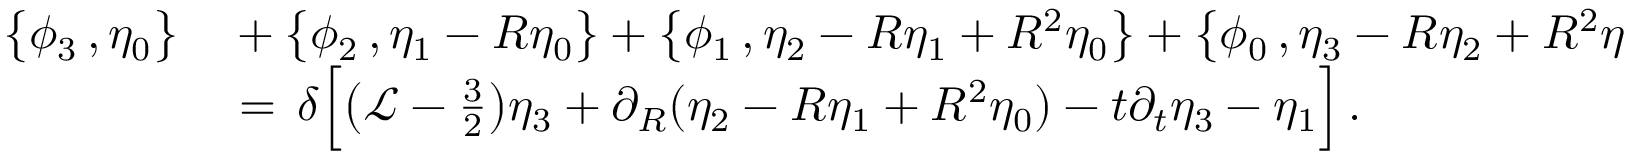
\begin{array} { r l } { \bigl \{ \phi _ { 3 } \, , \eta _ { 0 } \bigr \} } & { { } + \bigl \{ \phi _ { 2 } \, , \eta _ { 1 } - R \eta _ { 0 } \bigr \} + \bigl \{ \phi _ { 1 } \, , \eta _ { 2 } - R \eta _ { 1 } + R ^ { 2 } \eta _ { 0 } \bigr \} + \bigl \{ \phi _ { 0 } \, , \eta _ { 3 } - R \eta _ { 2 } + R ^ { 2 } \eta _ { 1 } - R ^ { 3 } \eta _ { 0 } \bigr \} } \\ { \, } & { { } = \, \delta \Bigl [ \bigl ( \mathcal { L } - { \textstyle \frac { 3 } { 2 } } \bigr ) \eta _ { 3 } + \partial _ { R } ( \eta _ { 2 } - R \eta _ { 1 } + R ^ { 2 } \eta _ { 0 } ) - t \partial _ { t } \eta _ { 3 } - \eta _ { 1 } \Bigr ] \, . } \end{array}